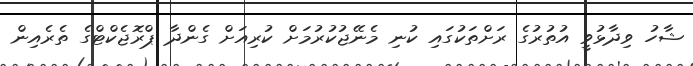
ޝާހު ވިދާޅުވީ އުތުރުގެ ރަށްތަކުގައި ކުނި މެނޭޖުކުރުމަށް ކުރިއަށް ގެންދާ ޕްރޮޖެކްޓްގެ ތެރެއިން